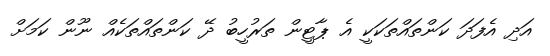
އަދި އެފަދަ ކަންތައްތަކަކީ އެ ޕާޓީން ތަރުހީބު ދޭ ކަންތައްތަކެއް ނޫން ކަމަށް